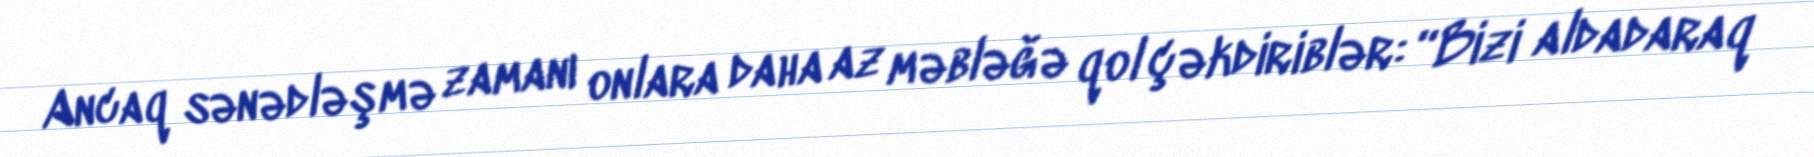
Ancaq sənədləşmə zamanı onlara daha az məbləğə qol çəkdiriblər: “Bizi aldadaraq